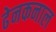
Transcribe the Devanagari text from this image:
ढेनकनाल